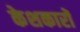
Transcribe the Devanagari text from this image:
केशकारों